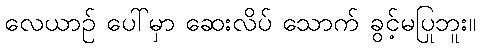
လေယာဉ် ပေါ်မှာ ဆေးလိပ် သောက် ခွင့်မပြုဘူး။